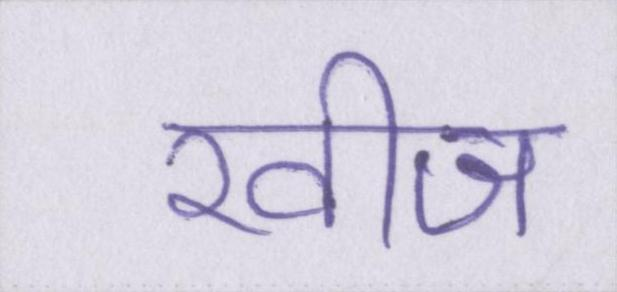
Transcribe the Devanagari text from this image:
खीज